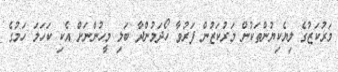
މަރުކަޒުގެ ލިޔެކިޔުންތަކުން މަރުކަޒުން ފަރުވާ ހޯދަމުންދާ ބަލި މީހުންނަށް އެކި ކަހަލަ ހަމުގެ